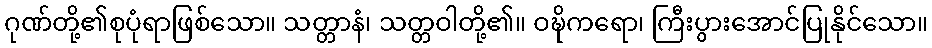
ဂုဏ်တို့၏စုပုံရာဖြစ်သော။ သတ္တာနံ၊ သတ္တဝါတို့၏။ ဝဍ္ဎိကရော၊ ကြီးပွားအောင်ပြုနိုင်သော။